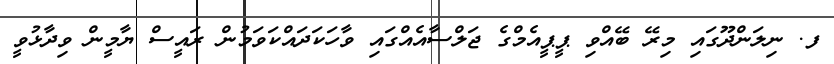
ފ. ނިލަންދޫގައި މިރޭ ބޭއްވި ޕީޕީއެމްގެ ޖަލްސާއެއްގައި ވާހަކަދައްކަވަމުން ރައީސް ޔާމީން ވިދާޅުވީ